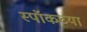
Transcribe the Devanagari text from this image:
स्पॉकच्या